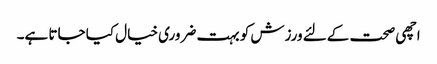
اچھی صحت کےلئے ورزش کو بہت ضروری خیال کیا جاتا ہے۔